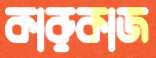
কারুকাজ